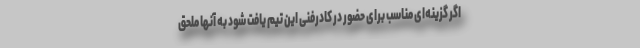
اگر گزینه‌ای مناسب برای حضور در کادرفنی این تیم یافت شود به آنها ملحق